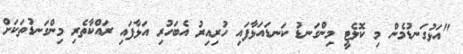
"އަޅުގަނޑުމެން މި ކޮލެޓީ މިންގަނޑު ކަނޑައަޅާފައި ހުރިއިރު އެބަހުރި އަޅާފައި ރައްކާތެރި މިންގަނޑުތަކަށް